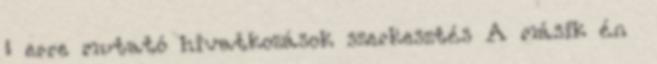
← erre mutató hivatkozások szerkesztés A másik én ‎